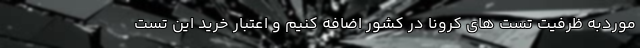
موردبه ظرفیت تست های کرونا در کشور اضافه کنیم و اعتبار خرید این تست